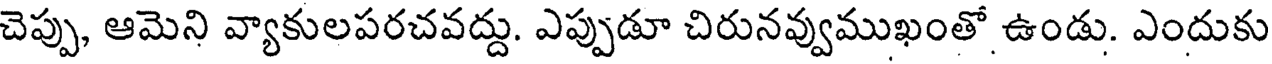
చెప్పు, ఆమెని వ్యాకులపరచవద్దు. ఎప్పుడూ చిరునవ్వుముఖంతో ఉండు. ఎందుకు